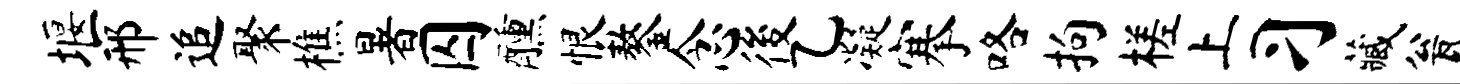
堰邢追聚樵暑囚醺恨鏊念後乙凝搴咯拘槎上习藏瓮